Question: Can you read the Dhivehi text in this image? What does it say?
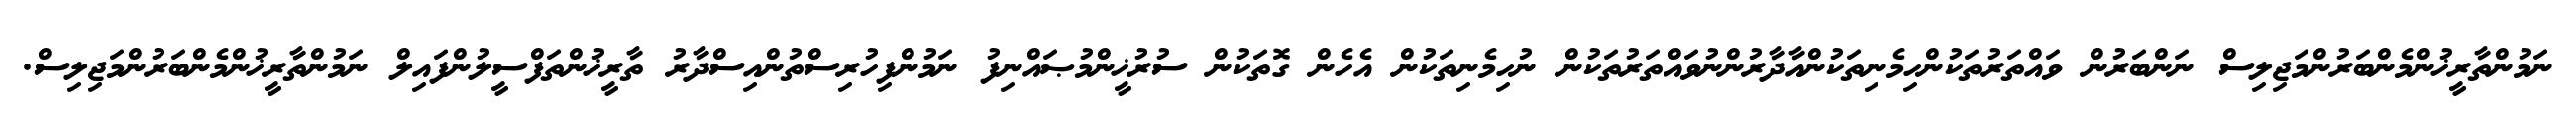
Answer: ނަމުންތާރީޚުންމެންބަރުންމަޖިލިސް ނަންބަރުން ވައްތަރުތަކުންހިމެނިތަކުންއާދާރުންނުވައްތަރުތަކުން ނުހިމެނިތަކުން އެހެން ގޮތަކުން ސުރުޚީންމުޞައްނިފު ނަމުންފިހުރިސްތުންއިސްދާރު ތާރީޚުންތަފްސީލުންފައިލް ނަމުންތާރީޚުންމެންބަރުންމަޖިލިސް.